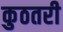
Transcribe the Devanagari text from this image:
कुठतरी